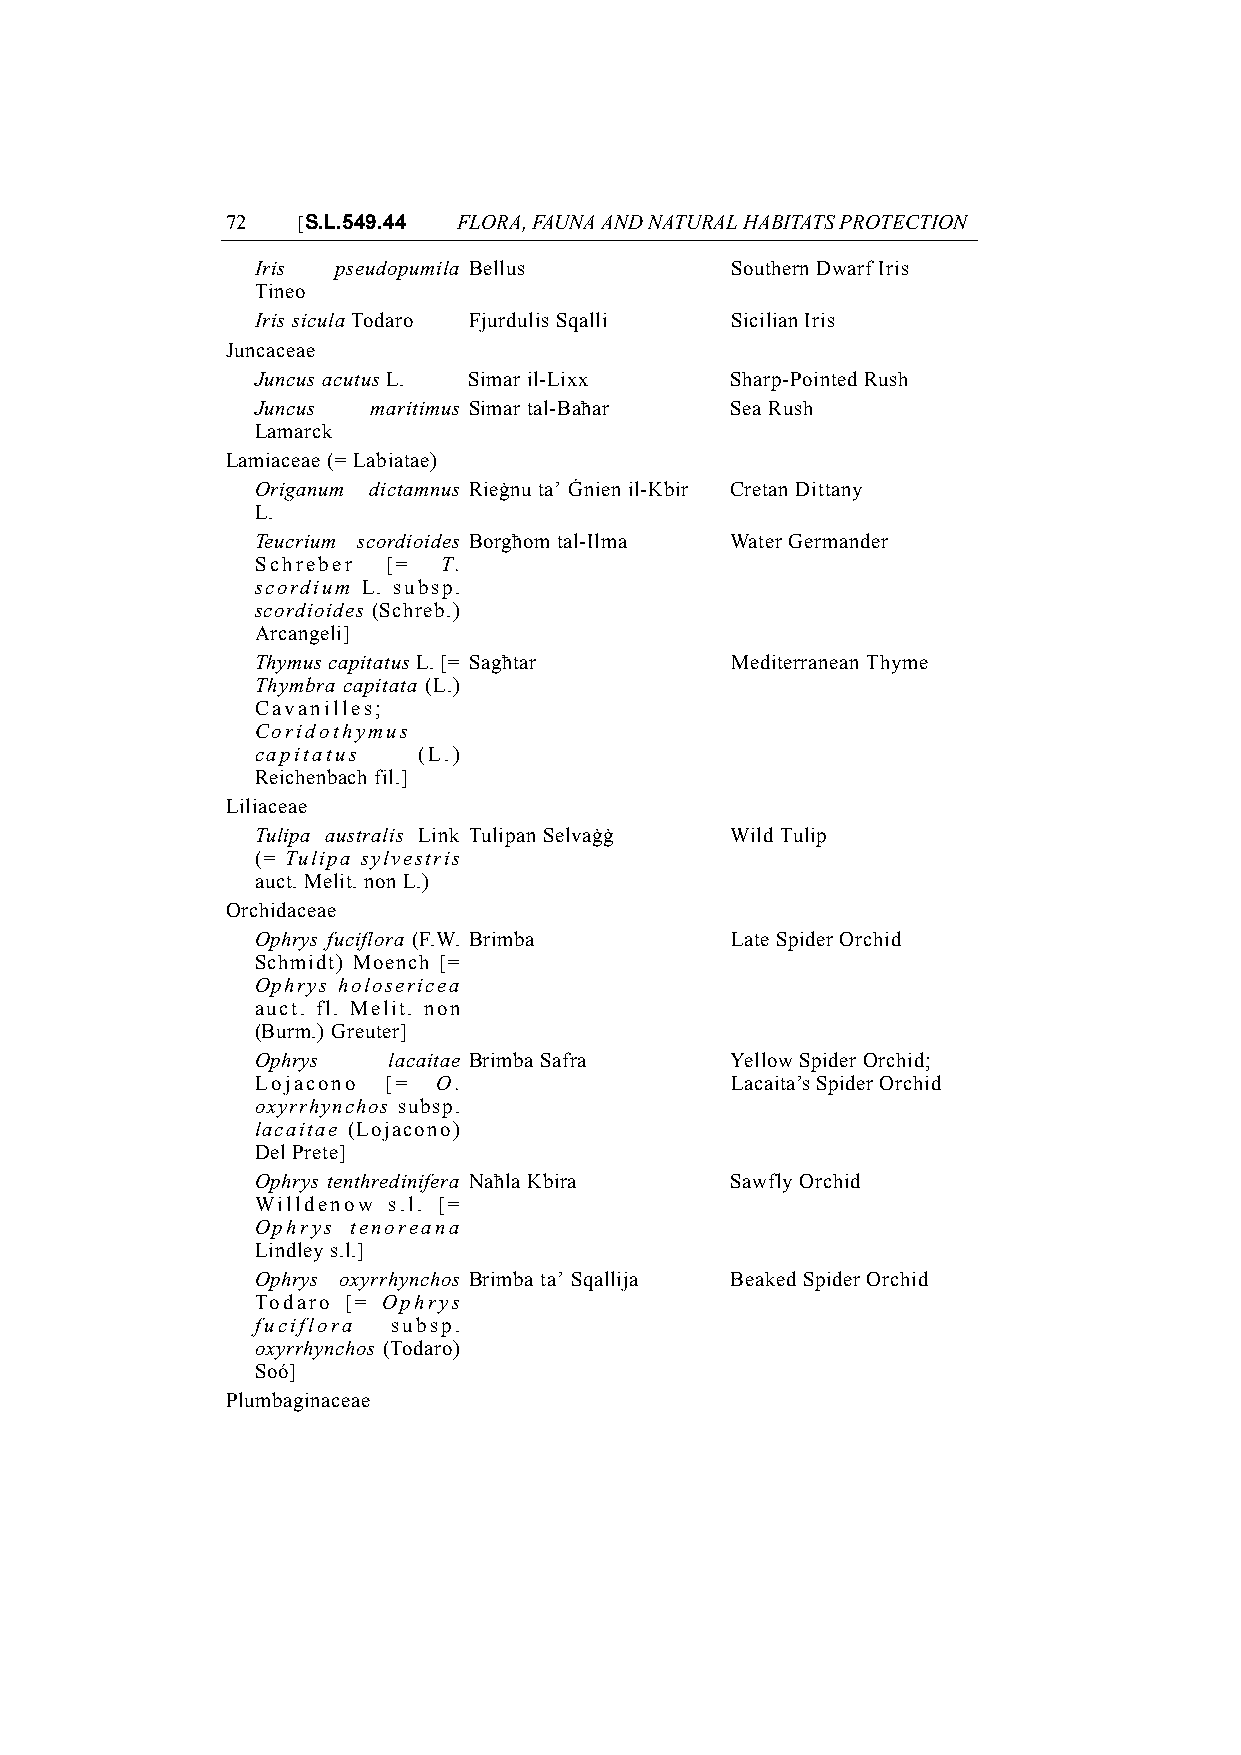
72   [S.L.549.44 FLORA, FAUNA AND NATURAL HABITATS PROTECTION
 Iris pseudopumila Bellus       Southern Dwarf Iris
 Tineo
 Iris sicula Todaro Fjurdulis Sqalli Sicilian Iris
 Juncaceae
 Juncus acutus L. Simar il-Lixx Sharp-Pointed Rush
 Juncus  maritimus Simar tal-Baħar Sea Rush
 Lamarck
 Lamiaceae (= Labiatae)
 Origanum dictamnus Rieġnu ta’ Ġnien il-Kbir Cretan Dittany
 L.
 Teucrium scordioides Borgħom tal-Ilma Water Germander
 Schreber [= T.
 scordium L. subsp.
 scordioides (Schreb.)
 Arcangeli]
 Thymus capitatus L. [= Sagħtar Mediterranean Thyme
 Thymbra capitata (L.)
 Cavanilles;
 Coridothymus
 capitatus  (L.)
 Reichenbach fil.]
 Liliaceae
 Tulipa australis Link Tulipan Selvaġġ Wild Tulip
 (= Tulipa sylvestris
 auct. Melit. non L.)
 Orchidaceae
 Ophrys fuciflora (F.W. Brimba  Late Spider Orchid
 Schmidt) Moench [=
 Ophrys holosericea
 auct. fl. Melit. non
 (Burm.) Greuter]
 Ophrys   lacaitae Brimba Safra Yellow Spider Orchid;
 Lojacono [= O.                 Lacaita’s Spider Orchid
 oxyrrhynchos subsp.
 lacaitae (Lojacono)
 Del Prete]
 Ophrys tenthredinifera Naħla Kbira Sawfly Orchid
 Willdenow s.l. [=
 Ophrys tenoreana
 Lindley s.l.]
 Ophrys oxyrrhynchos Brimba ta’ Sqallija Beaked Spider Orchid
 Todaro [= Ophrys
 fuciflora subsp.
 oxyrrhynchos (Todaro)
 Soó]
 Plumbaginaceae